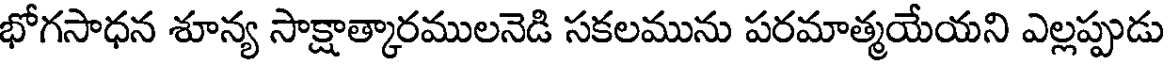
భోగసాధన శూన్య సాక్షాత్కారములనెడి సకలమును పరమాత్మయేయని ఎల్లప్పుడు